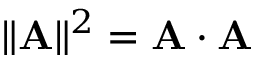
\| \mathbf { A } \| ^ { 2 } = \mathbf { A \cdot A }